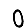
Digit: 0